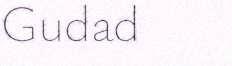
Gudad